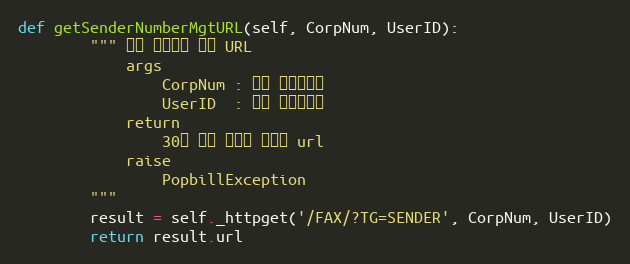
Language: Python
def getSenderNumberMgtURL(self, CorpNum, UserID):
        """ 팩스 전송내역 팝업 URL
            args
                CorpNum : 회원 사업자번호
                UserID  : 회원 팝빌아이디
            return
                30초 보안 토큰을 포함한 url
            raise
                PopbillException
        """
        result = self._httpget('/FAX/?TG=SENDER', CorpNum, UserID)
        return result.url